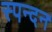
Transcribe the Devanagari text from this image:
स्‍पन्‍दन